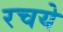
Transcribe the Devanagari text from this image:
रचये